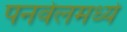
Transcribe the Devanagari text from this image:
पनवेलमध्ये